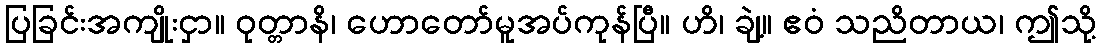
ပြခြင်းအကျိုးငှာ။ ဝုတ္တာနိ၊ ဟောတော်မူအပ်ကုန်ပြီ။ ဟိ၊ ချဲ့။ ဧဝံ သညိတာယ၊ ဤသို့